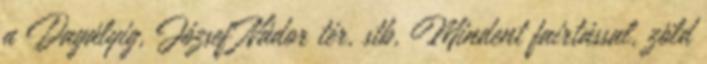
a Dagályig, József Nádor tér, stb, Mindent fairtással, zöld